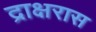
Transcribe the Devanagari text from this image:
द्राक्षरास